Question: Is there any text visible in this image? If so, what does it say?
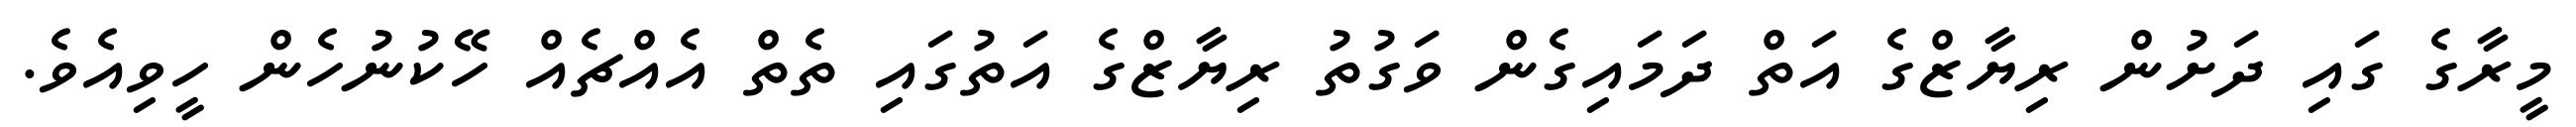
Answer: މީރާގެ ގައި ދަށުން ރިޔާޒްގެ އަތް ދަމައިގެން ވަގުތު ރިޔާޒްގެ އަތުގައި ތެތް އެއްޗެއް ހޭކުނުހެން ހީވިއެވެ.